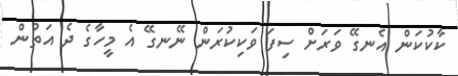
ކާކުކަން އެނގޭ ވަރަށް ސިފަ ވަކިކުރަން ނޭނގޭ އެ މީހާގެ ދެ އަތުން